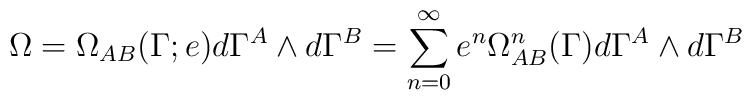
\Omega=\Omega_{AB}(\Gamma ; e)d\Gamma^{A}\wedge d\Gamma^{B}=\sum_{n=0}^{\infty}e^{n}\Omega^{n}_{AB}(\Gamma)d\Gamma^{A}\wedge d\Gamma^{B}